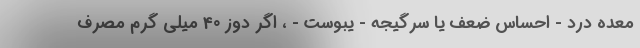
معده درد - احساس ضعف یا سرگیجه - یبوست - ، اگر دوز 40 میلی گرم مصرف